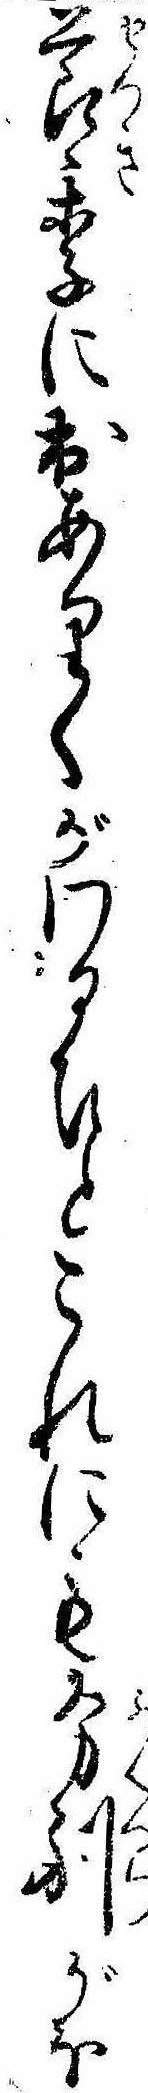
節季に出ありくがわるひとこれにも分別がほ